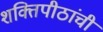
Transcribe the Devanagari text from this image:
शक्तिपीठांची